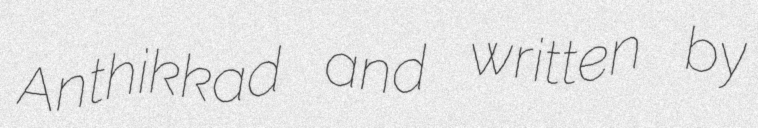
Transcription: Anthikkad and written by